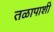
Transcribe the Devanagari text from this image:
तळापाशी